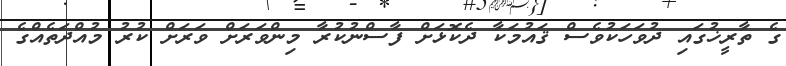
ގެ ތާރީޚުގައި ދުވަހަކުވެސް ޤައުމަކާ ދެކޮޅަށް ފާސްނުކުރާ މިންވަރަށް ވަރަށް ކުރު މުއްދަތެއްގެ